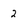
Character: 2